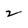
Character: 2